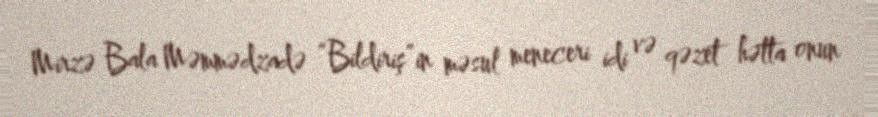
Mirzə Bala Məmmədzadə “Bildiriş”in məsul meneceri idi və qəzet hətta onun